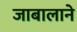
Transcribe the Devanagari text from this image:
जाबालाने